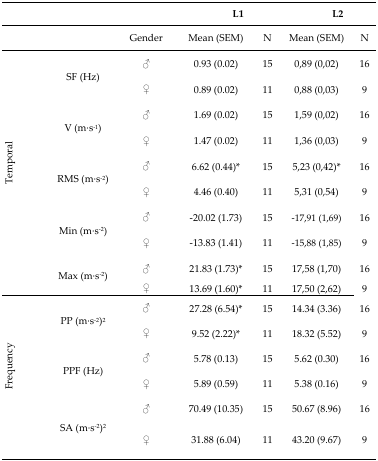
<table><thead><tr><td colspan="3"></td><td colspan="2"><b>L1</b></td><td colspan="2"><b>L2</b></td></tr><tr><td></td><td></td><td><b>Gender</b></td><td><b>Mean (SEM)</b></td><td><b>N</b></td><td><b>Mean (SEM)</b></td><td><b>N</b></td></tr></thead><tbody><tr><td rowspan="10">Temporal</td><td rowspan="2">SF (Hz)</td><td>♂</td><td>0.93 (0.02)</td><td>15</td><td>0,89 (0,02)</td><td>16</td></tr><tr><td>♀</td><td>0.89 (0.02)</td><td>11</td><td>0,88 (0,03)</td><td>9</td></tr><tr><td rowspan="2">V (m·s<sup>−1</sup>)</td><td>♂</td><td>1.69 (0.02)</td><td>15</td><td>1,59 (0,02)</td><td>16</td></tr><tr><td>♀</td><td>1.47 (0.02)</td><td>11</td><td>1,36 (0,03)</td><td>9</td></tr><tr><td rowspan="2">RMS (m·s<sup>−2</sup>)</td><td>♂</td><td>6.62 (0.44)<sup>*</sup></td><td>15</td><td>5,23 (0,42)<sup>*</sup></td><td>16</td></tr><tr><td>♀</td><td>4.46 (0.40)</td><td>11</td><td>5,31 (0,54)</td><td>9</td></tr><tr><td rowspan="2">Min (m·s<sup>−2</sup>)</td><td>♂</td><td>−20.02 (1.73)</td><td>15</td><td>−17,91 (1,69)</td><td>16</td></tr><tr><td>♀</td><td>−13.83 (1.41)</td><td>11</td><td>−15,88 (1,85)</td><td>9</td></tr><tr><td rowspan="2">Max (m·s<sup>−2</sup>)</td><td>♂</td><td>21.83 (1.73)<sup>*</sup></td><td>15</td><td>17,58 (1,70)</td><td>16</td></tr><tr><td>♀</td><td>13.69 (1.60)<sup>*</sup></td><td>11</td><td>17,50 (2,62)</td><td>9</td></tr><tr><td rowspan="6">Frequency</td><td rowspan="2">PP (m·s<sup>−2</sup>)<sup>2</sup></td><td>♂</td><td>27.28 (6.54)<sup>*</sup></td><td>15</td><td>14.34 (3.36)</td><td>16</td></tr><tr><td>♀</td><td>9.52 (2.22)<sup>*</sup></td><td>11</td><td>18.32 (5.52)</td><td>9</td></tr><tr><td rowspan="2">PPF (Hz)</td><td>♂</td><td>5.78 (0.13)</td><td>15</td><td>5.62 (0.30)</td><td>16</td></tr><tr><td>♀</td><td>5.89 (0.59)</td><td>11</td><td>5.38 (0.16)</td><td>9</td></tr><tr><td rowspan="2">SA (m·s<sup>−2</sup>)<sup>2</sup></td><td>♂</td><td>70.49 (10.35)</td><td>15</td><td>50.67 (8.96)</td><td>16</td></tr><tr><td>♀</td><td>31.88 (6.04)</td><td>11</td><td>43.20 (9.67)</td><td>9</td></tr></tbody></table>